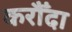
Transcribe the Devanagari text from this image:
करौँदा